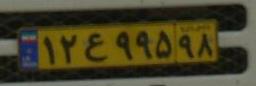
۱۲ع۹۹۵۹۸